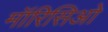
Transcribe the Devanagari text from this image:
मॉरिसिओ